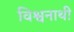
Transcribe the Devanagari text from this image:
विश्वनाथी